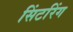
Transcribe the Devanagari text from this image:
सिंटरिंग